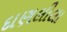
દાણલીલા